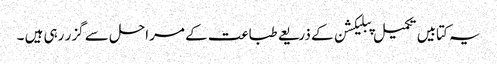
یہ کتابیں تکمیل پبلیکشن کے ذریعے طباعت کے مراحل سے گزر رہی ہیں ۔